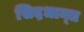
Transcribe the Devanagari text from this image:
सिद़धान्‍त